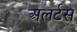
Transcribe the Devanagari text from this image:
अलर्टस